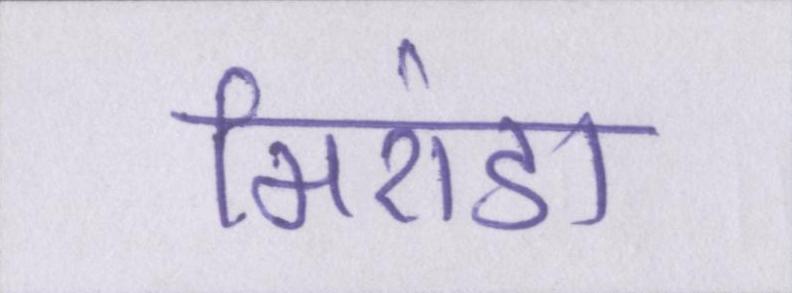
मिरांडा